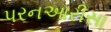
પરનઆરીસા